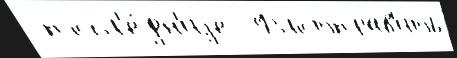
 посл'е́дн'иjе  Флотправ'ить